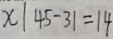
x \vert 4 5 - 3 1 = 1 4